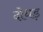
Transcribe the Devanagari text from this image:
दोधड़